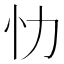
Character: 忇